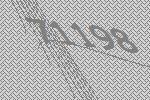
71198